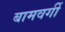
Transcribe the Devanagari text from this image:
बामवर्गी